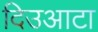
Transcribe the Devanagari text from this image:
दिउआटा